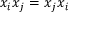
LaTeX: x _ { i } x _ { j } = x _ { j } x _ { i }